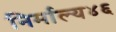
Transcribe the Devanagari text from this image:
निर्माल्य४६